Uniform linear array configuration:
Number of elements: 4
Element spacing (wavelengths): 0.75
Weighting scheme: exponential
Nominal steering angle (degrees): -45
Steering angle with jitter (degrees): -44.515
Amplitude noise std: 0.05
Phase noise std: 0.05

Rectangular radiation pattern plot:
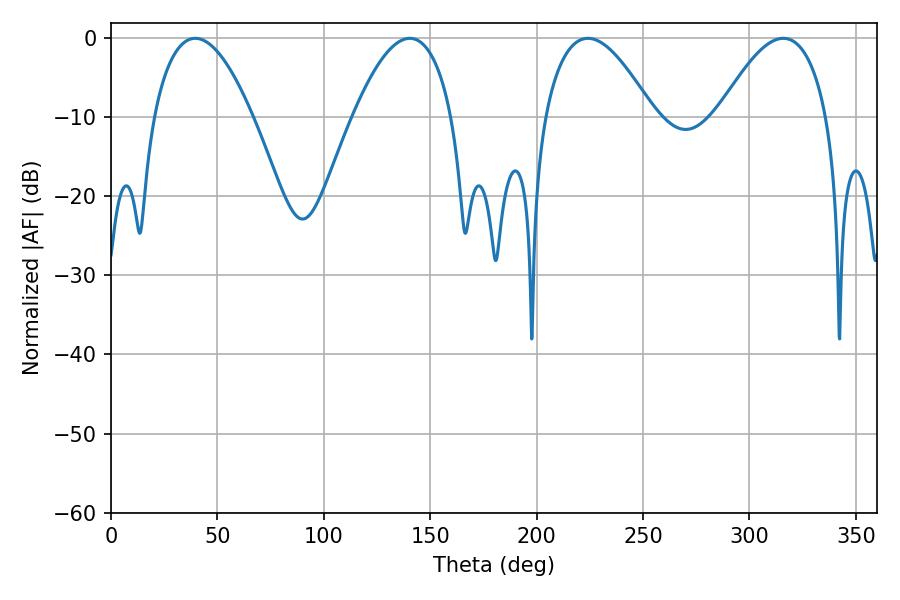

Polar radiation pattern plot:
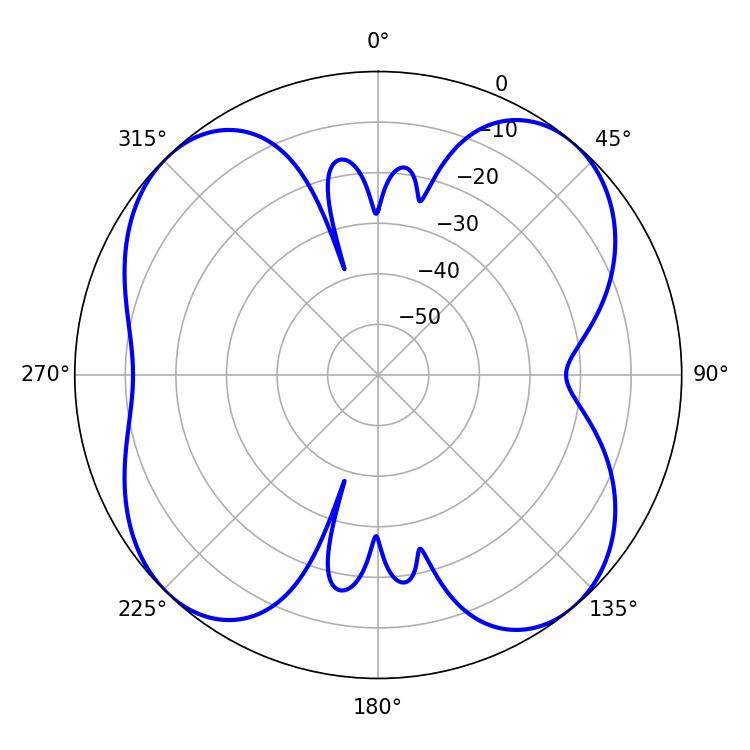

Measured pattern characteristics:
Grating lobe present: TRUE
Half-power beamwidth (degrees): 28.08
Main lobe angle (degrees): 224.1